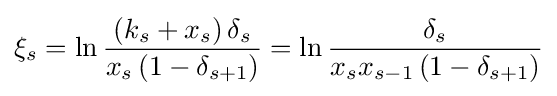
\xi _{s}=\ln {\frac {\left(k_{s}+x_{s}\right)\delta _{s}}{x_{s}\left(1-\delta _{s+1}\right)}}=\ln {\frac {\delta _{s}}{x_{s}x_{s-1}\left(1-\delta _{s+1}\right)}}